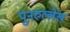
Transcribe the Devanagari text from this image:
पुनरुल्लेख